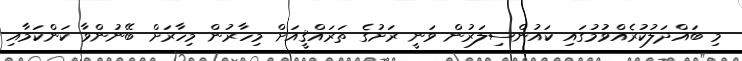
މި ބައްދަލުކުރެއްވުމުގައި ކައުންސިލަރުން ވަނީ ރަށުގެ ތަރައްޤީއަށް މިހާރުން މިހާރަށް ބޭނުންވާ ކަންކަމާއި